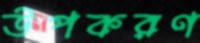
উপকরণ